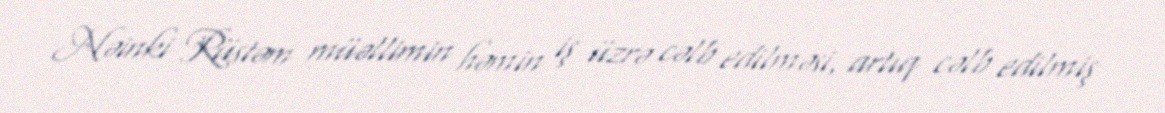
Nəinki Rüstəm müəllimin həmin iş üzrə cəlb edilməsi, artıq cəlb edilmiş